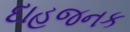
દાહજનક